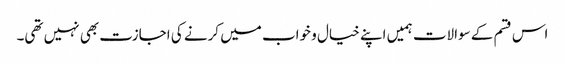
اس قسم کے سوالات ہمیں اپنے خیال و خواب میں کرنے کی اجازت بھی نہیں تھی۔